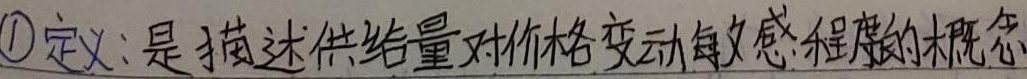
\textcircled{1}定义：是描述供给量对价格变动敏感程度的概念